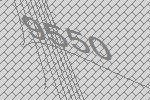
9550